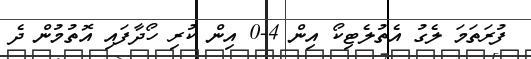
ފުރަތަމަ ލެގު އެތުލެޓިކޯ އިން 4-0 އިން ކުރި ހޯދާފައި އޮތުމުން ދެ